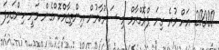
20000 އަށް ވުރެ ގިނަ ޕްރޮގްރާމް މި ސަރުކާރުން އިންތިޒާމްކޮށްގެން ވަނީ ހިންގައިފަ